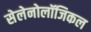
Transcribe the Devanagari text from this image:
सेलेनोलॉजिकल